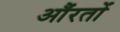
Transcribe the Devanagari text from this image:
औंरतों